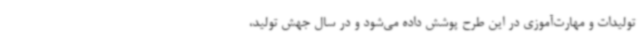
تولیدات و مهارت‌آموزی در این طرح پوشش داده می‌شود و در سال جهش تولید،